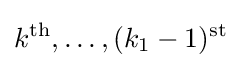
k^{\text{th}},\ldots ,(k_{1}-1)^{\text{st}}